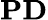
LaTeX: \textbf{PD}